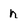
Character: h